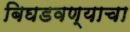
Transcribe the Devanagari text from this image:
बिघडवण्याचा